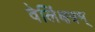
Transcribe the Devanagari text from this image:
वेलिंक्षत्रम्